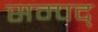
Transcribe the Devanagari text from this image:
सम्पद्